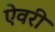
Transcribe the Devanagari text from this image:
ऐवरी